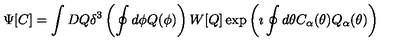
\Psi [ C ] = \int D Q \delta ^ { 3 } \left( \oint d \phi Q ( \phi ) \right) W [ Q ] \exp \left( \imath \oint d \theta C _ { \alpha } ( \theta ) Q _ { \alpha } ( \theta ) \right)